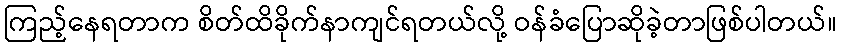
ကြည့်နေရတာက စိတ်ထိခိုက်နာကျင်ရတယ်လို့ ဝန်ခံပြောဆိုခဲ့တာဖြစ်ပါတယ်။